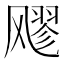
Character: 𮨵